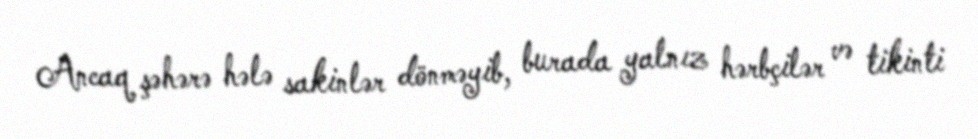
Ancaq şəhərə hələ sakinlər dönməyib, burada yalnız hərbçilər və tikinti